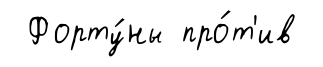
Форту́ны про́т'ив